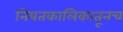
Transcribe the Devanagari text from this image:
नियतकालिकातूनच